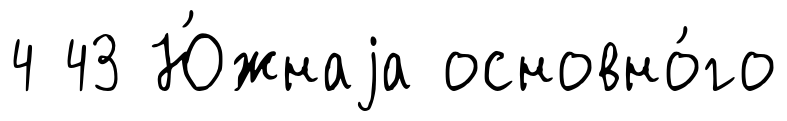
4 43 Ю́жнаjа основно́го